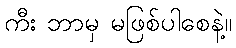
ကီး ဘာမှ မဖြစ်ပါစေနဲ့။